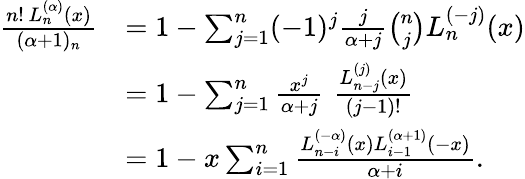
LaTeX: {\begin{array}{rl}{{\frac{n!\, L_{n}^{(\alpha)}(x)}{(\alpha+1)_{n}}}}&{=1-\sum_{j=1}^{n}(-1)^{j}{\frac{j}{\alpha+j}}{\binom{n}{j}}L_{n}^{(-j)}(x)}\\ &{=1-\sum_{j=1}^{n}{\frac{x^{j}}{\alpha+j}}\, \, {\frac{L_{n-j}^{(j)}(x)}{(j-1)!}}}\\ &{=1-x\sum_{i=1}^{n}{\frac{L_{n-i}^{(-\alpha)}(x)L_{i-1}^{(\alpha+1)}(-x)}{\alpha+i}}.}\end{array}}